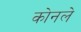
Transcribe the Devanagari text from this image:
कोनले